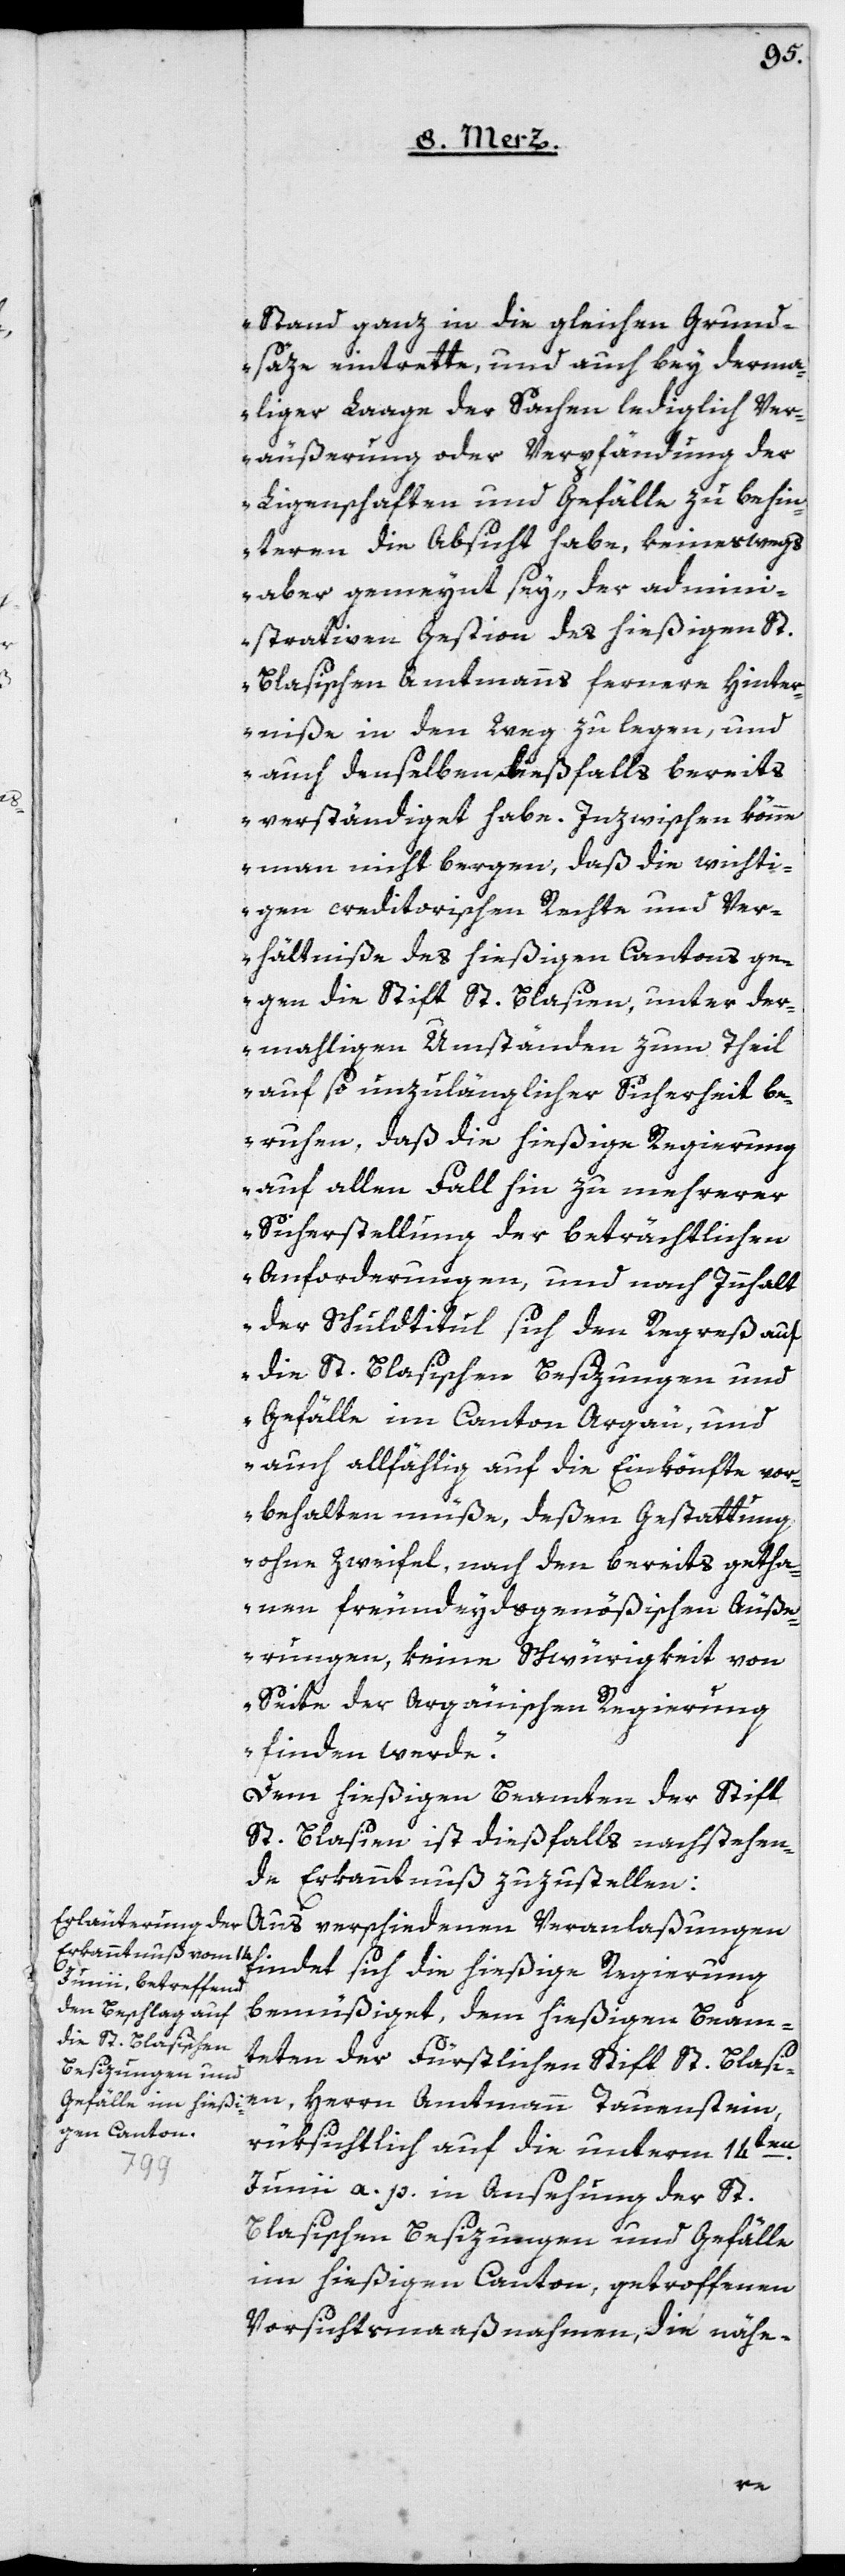
Stand ganz in die gleichen Grund¬
säze eintrette, und auch bey derma¬
liger Laage der Sachen lediglich Ver¬
äußerung oder Verpfändung der
Ligenschaften und Gefälle zu behin¬
teren die Absicht habe, keineswegs
aber gemeynt sey, der admini¬
strativen Gestion des hießigen St.
Blasischen Amtmanns fernere Hinder¬
niße in den Weg zu legen, und
auch demselben dießfalls bereits
verständiget habe. Inzwischen könne
man nicht bergen, daß die wichti¬
gen creditorischen Rechte und Ver¬
hältniße des hießigen Cantons ge¬
gen die Stift St. Blasien, unter der¬
mahligen Umständen zum Theil
auf so unzulänglicher Sicherheit be¬
ruhen, daß die hießige Regierung
auf allen Fall hin zu mehrerer
Sicherstellung der beträchtlichen
Anforderungen, und nach Innhalt
der Schuldtitul sich den Regreß auf
Gefälle im Canton Argäu, und
auch allfählig auf die Einkönfte vor¬
behalten müße, deßen Gestattung
ohne Zweifel, nach den bereits getha¬
nen freundeydsgenößischen Äuße¬
rungen keine Schwürigkeit von
Seite der Argäuischen Regierung
finden werde“.
Dem hießigen Beamten der Stift
St. Blasien ist dießfalls nachstehen¬
de Erkanntnuß zuzustellen:
Aus verschiedenen Veranlaßungen
findet sich die hießige Regierung
bemüßiget, dem hießigen Beam¬
die St. Blasischen
teten der Fürstlichen stift St. Blasi¬
Besizungen und
rüksichtlich auf die unterm 14ten
Junii a. p. in Ansehung der St.
Blasischen Besizungen und Gefälle
im hießigen Canton, getroffenen
Vorsichtsmaaßnahmen, die nähe-
Herrn